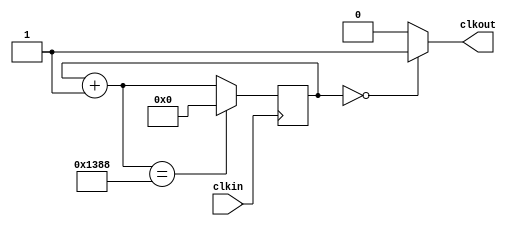
module clockdiv_5000(clkin, clkout);

	input clkin;
	output clkout;
	
	reg [14:0] count;
	
	initial count = 0;
	
	assign clkout = count==0 ? 1 : 0;
	
	always @(posedge clkin) begin
		count = count + 1;
		if (count == 5000)
			count = 0;
	end

endmodule